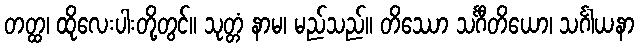
တတ္ထ၊ ထိုလေးပါးတို့တွင်။ သုတ္တံ နာမ၊ မည်သည်။ တိဿော သင်္ဂီတိယော၊ သင်္ဂါယနာ